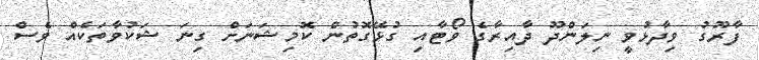
ފާރޫގު ވިދާޅުވީ ނިލަންދޫ ދާއިރާގެ ވޯޓާއި ގުޅޭގޮތުން ކޮމިޝަނަށް ގިނަ ޝަކުވާތަކެއް ވެސް